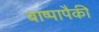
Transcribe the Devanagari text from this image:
बाष्पापैकी